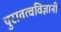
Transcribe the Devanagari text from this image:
पुरातत्वविज्ञानी